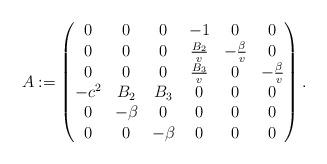
LaTeX: \begin{align*}A:= \left( \begin{matrix} 0&0&0&-1&0&0\\ 0&0&0&\frac{B_2}{v}&-\frac{\beta}{v}&0\\0&0&0&\frac{B_3}{v}&0&-\frac{\beta}{v}\\-c^2& B_2&B_3& 0&0&0\\ 0&-\beta &0&0&0&0\\0&0&-\beta &0&0&0 \end{matrix} \right).\end{align*}